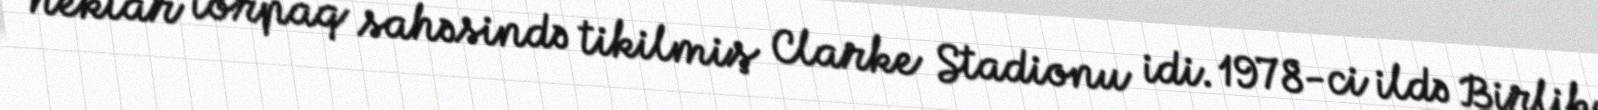
hektar torpaq sahəsində tikilmiş Clarke Stadionu idi. 1978-ci ildə Birlik